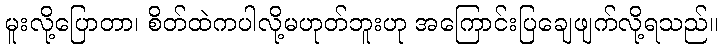
မူးလို့ပြောတာ၊ စိတ်ထဲကပါလို့မဟုတ်ဘူးဟု အကြောင်းပြချေဖျက်လို့ရသည်။